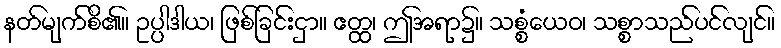
နတ်မျက်စိ၏။ ဥပ္ပါဒါယ၊ ဖြစ်ခြင်းငှာ။ ဧတ္ထ၊ ဤအရာ၌။ သစ္စံယေဝ၊ သစ္စာသည်ပင်လျင်။